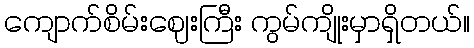
ကျောက်စိမ်းဈေးကြီး ကွမ်ကျိုးမှာရှိတယ်။